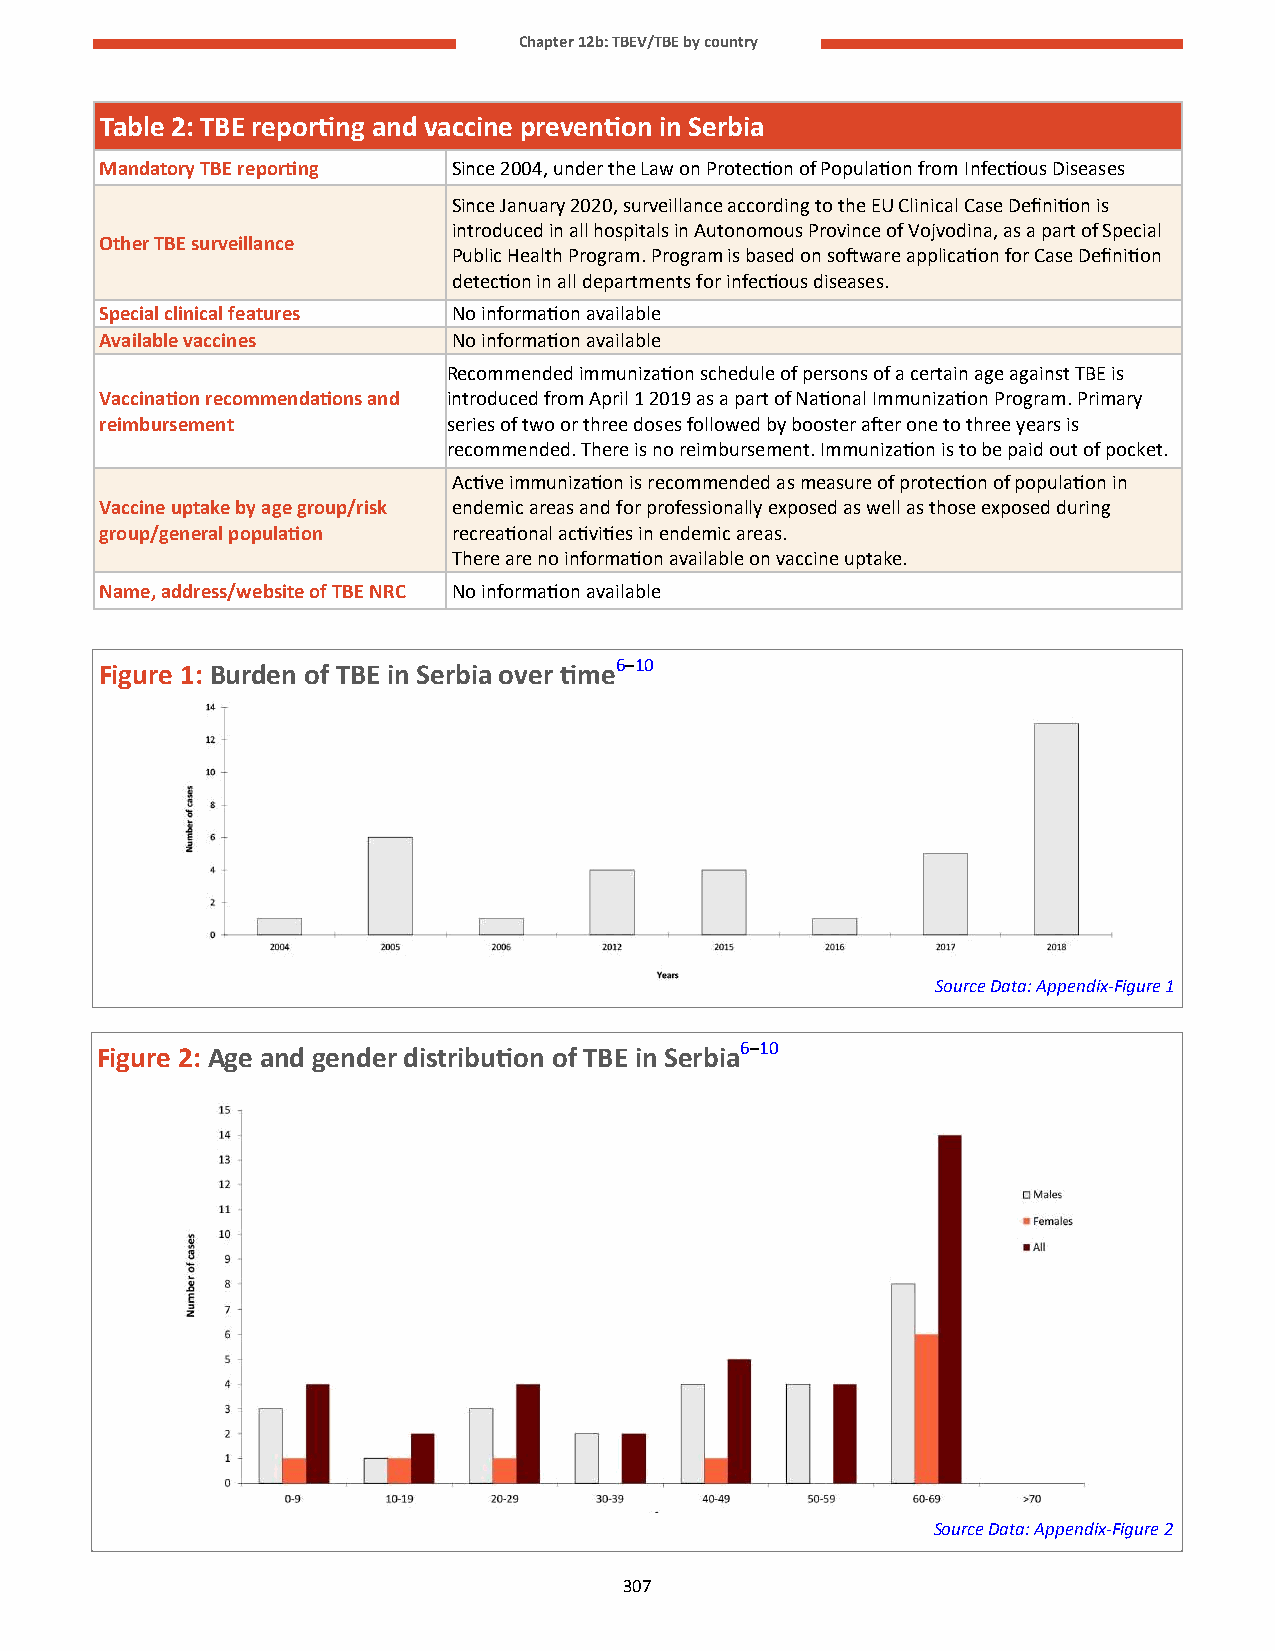
Chapter 12b: TBEV/TBE by country
 Table 2: TBE reporting and vaccine prevention in Serbia
 Mandatory TBE reporting Since 2004, under the Law on Protection of Population from Infectious Diseases
 Since January 2020, surveillance according to the EU Clinical Case Definition is
 introduced in all hospitals in Autonomous Province of Vojvodina, as a part of Special
 Other TBE surveillance
 Public Health Program. Program is based on software application for Case Definition
 detection in all departments for infectious diseases.
 Special clinical features No information available
 Available vaccines     No information available
 Recommended immunization schedule of persons of a certain age against TBE is
 Vaccination recommendations and introduced from April 1 2019 as a part of National Immunization Program. Primary
 reimbursement          series of two or three doses followed by booster after one to three years is
 recommended. There is no reimbursement. Immunization is to be paid out of pocket.
 Active immunization is recommended as measure of protection of population in
 Vaccine uptake by age group/risk endemic areas and for professionally exposed as well as those exposed during
 group/general population recreational activities in endemic areas.
 There are no information available on vaccine uptake.
 Name, address/website of TBE NRC No information available
 Figure 1: Burden of TBE in Serbia over time6–10
 Source Data: Appendix-Figure 1
 Figure 2: Age and gender distribution of TBE in Serbia6–10
 Source Data: Appendix-Figure 2
 307